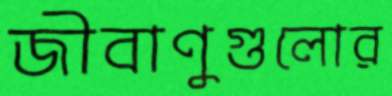
জীবাণুগুলোর